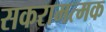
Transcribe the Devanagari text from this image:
सकरामत्मक